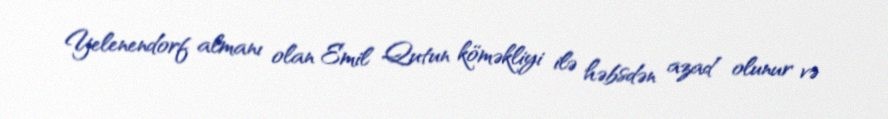
Yelenendorf almanı olan Emil Qutun köməkliyi ilə həbsdən azad olunur və